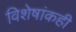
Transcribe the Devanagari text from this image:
विशेषांकही